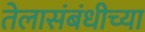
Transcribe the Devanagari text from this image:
तेलासंबंधीच्या